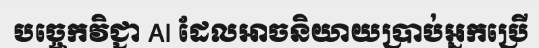
បច្ចេកវិជ្ជា AI ដែលអាចនិយាយប្រាប់អ្នកប្រើ